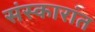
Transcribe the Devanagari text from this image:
संस्कारांत